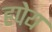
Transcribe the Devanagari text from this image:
हपेय